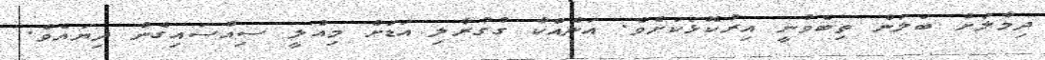
ދިމާލަށް ބަލަން ތިބެވުނީ އިރުކޮޅަކަށެވެ. އަނެއްކާ ގުގުރާލި އަޑަށް މިއްލީ ސިއްސައިގެން ދިޔައެވެ.